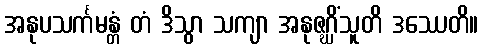
အနုပသင်္ကမန္တံ တံ ဒိသွာ သကျာ အနုဇဂ္ဃိံသူတိ ဒဿေတိ။